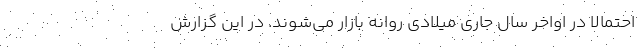
احتمالاً در اواخر سال جاری میلادی روانه بازار می‌شوند. در این گزارش